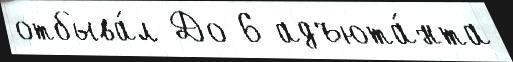
отбыва́л До 6 адъюта́нта